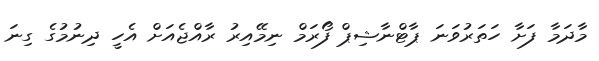
މާދަމާ ފަށާ ހަތަރުވަނަ ޕާޓްނާޝިޕް ފޯރަމް ނިމޭއިރު ރާއްޖެއަށް އެހީ ދިނުމުގެ ގިނަ